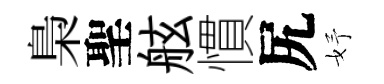
梟聖舷慣尻妤